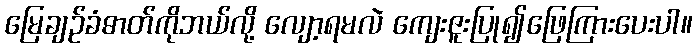
မြေချဉ်ခံဓာတ်ကိုဘယ်လို့ လျော့ရမလဲ ကျေးဇူးပြု၍ဖြေကြားပေးပါ။